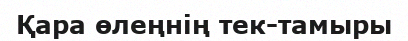
Қара өлеңнің тек-тамыры